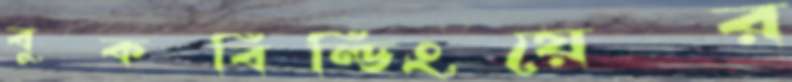
বুকবিল্ডিংয়ের